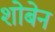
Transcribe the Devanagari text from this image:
शोबेन